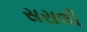
સરાલી